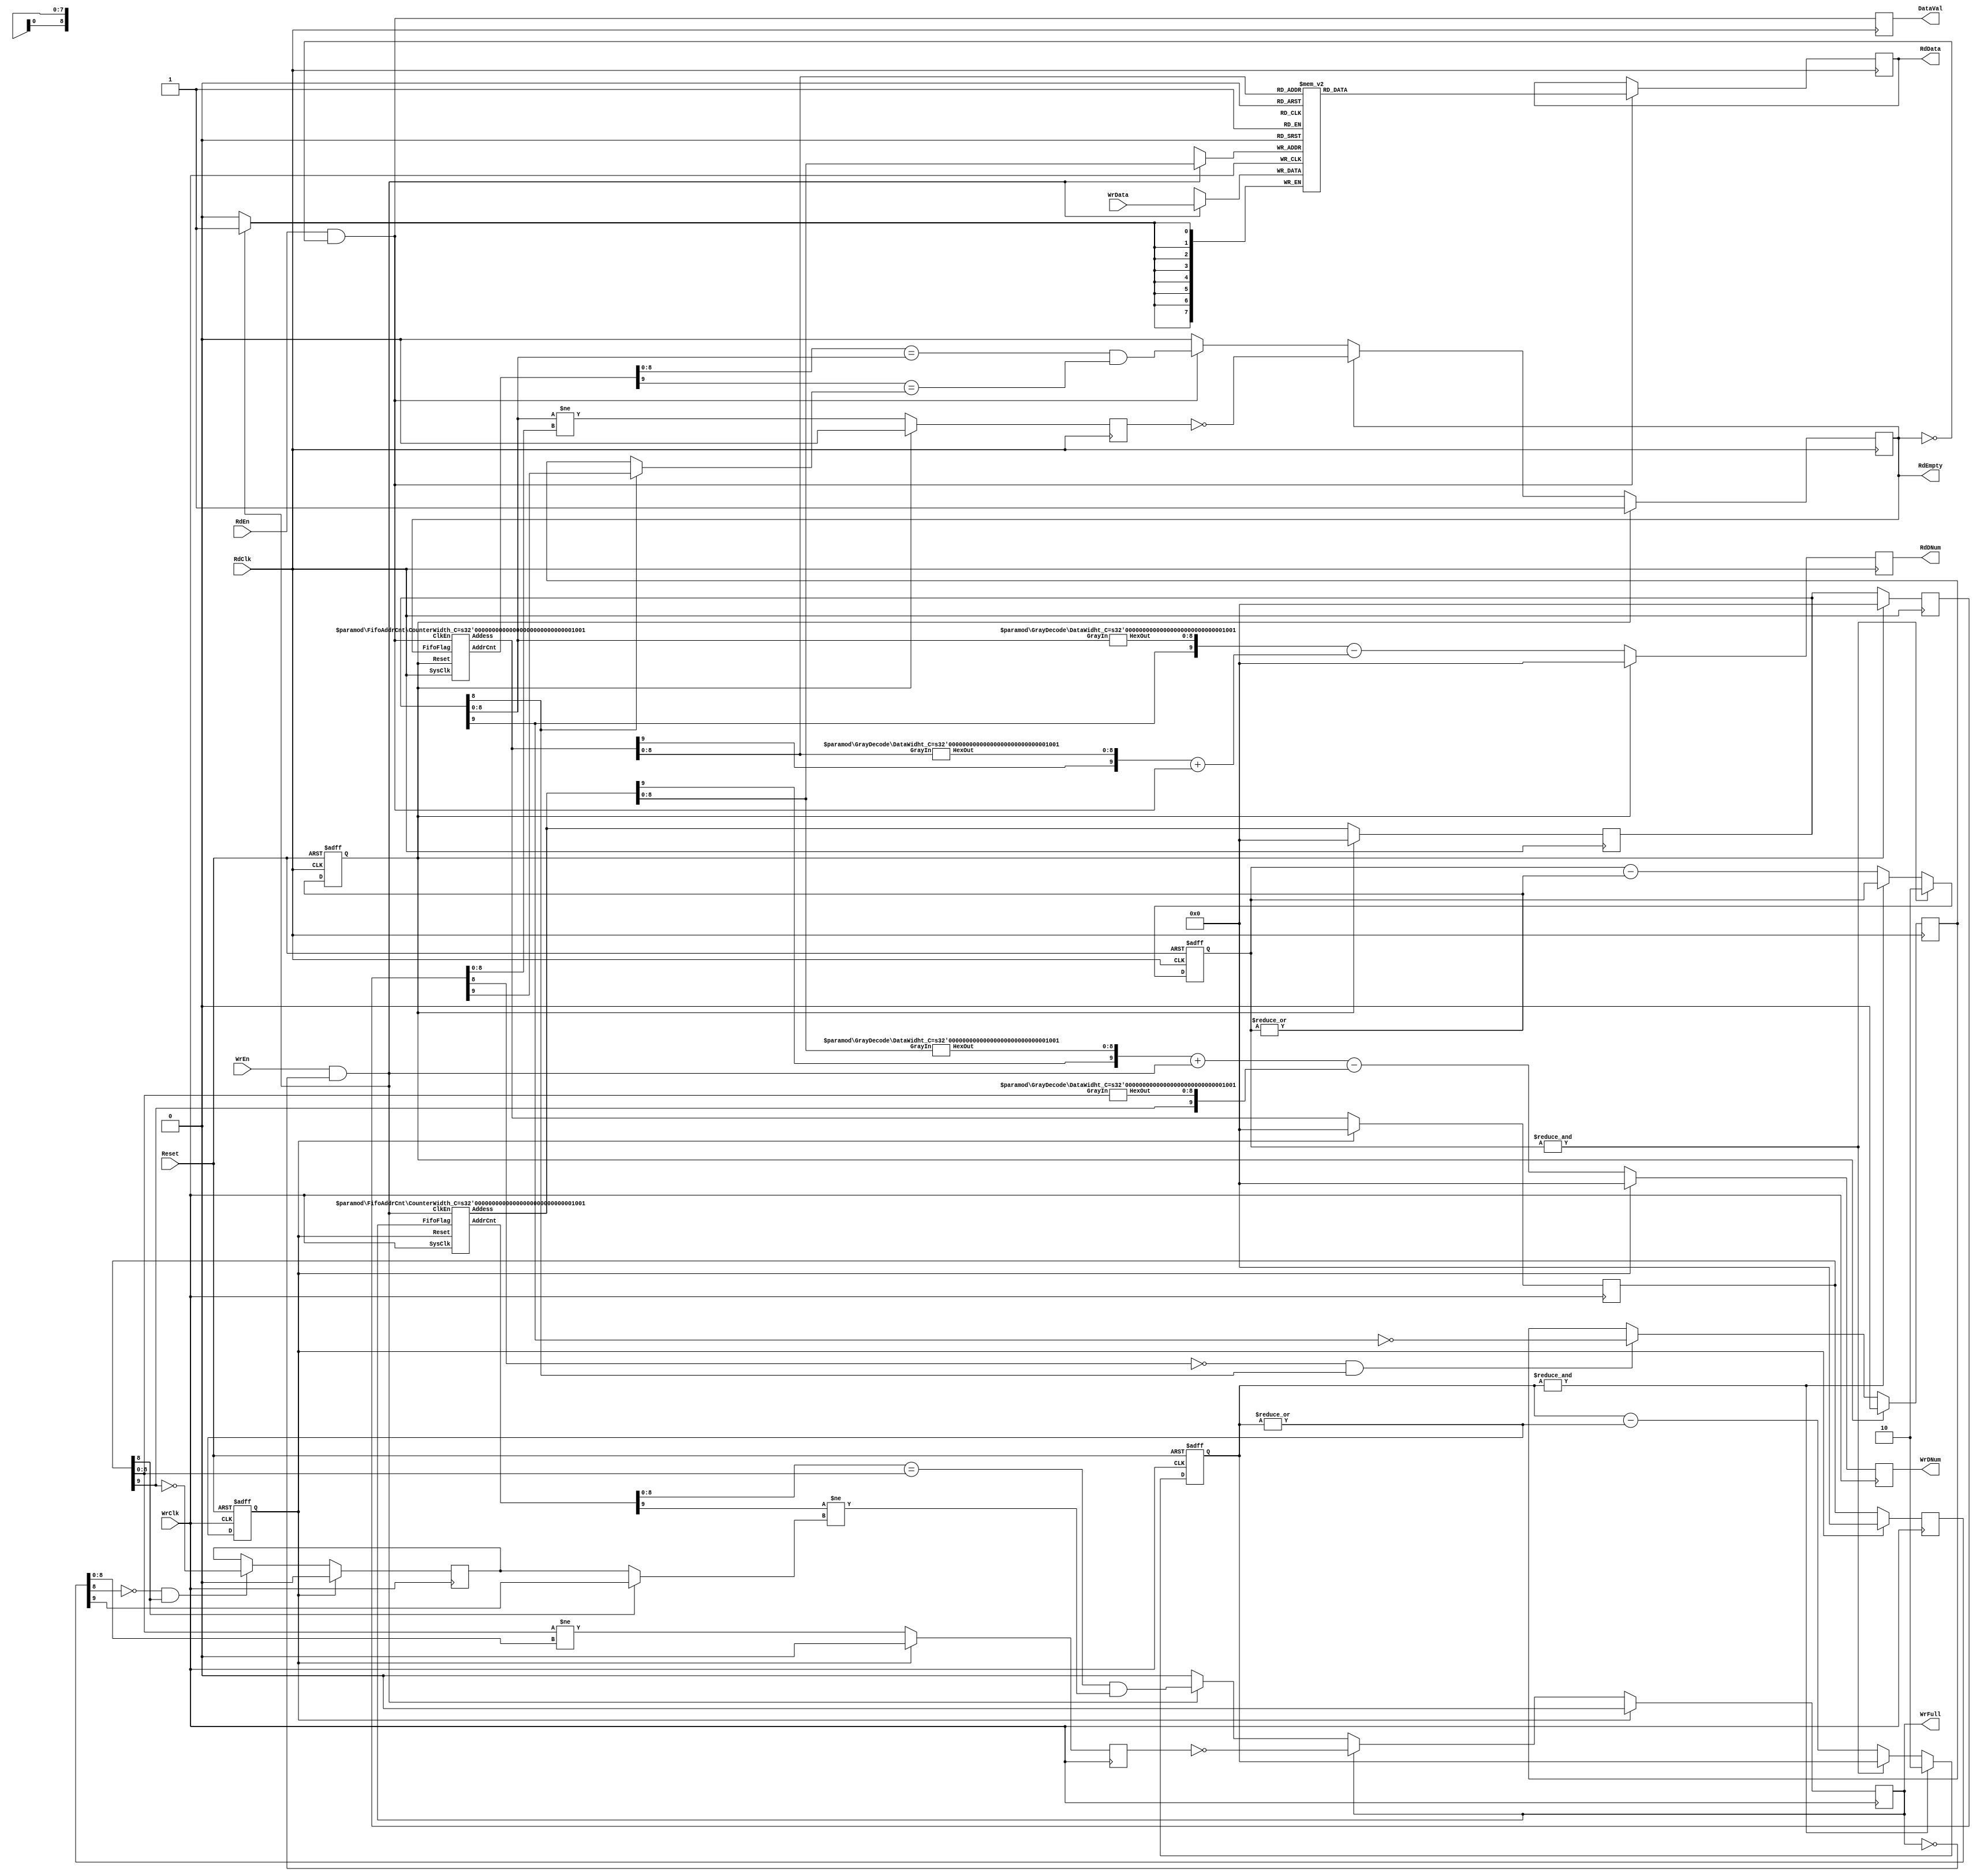

`timescale 1ns/100ps

  //////////////////////////////////////////////////////////////////////////////////////
  // Change Date:    2020/04/30
  // Module Name:     
  // Tool versions:  EFINITY 2019.3.272.8.4
  // Description:    V3.0

  // Dependencies: EFINITY DaulClkFifo3.2 by Richard Zhu 
  //
  // Revision: 0.01 File Created 2019/08/11
  // Additional Comments: 
  //
  //2022-0105: V3.2
  //1;
  //2
  //3RdEn  WrEn 

  //2022-0108: V3.3
  //1ReadFirst EmptyFlag  EmptyReg  RdEmpty  
  //2DataVal 

  //2022-0120: V3.4
  //1 WrDNum  RdDNum  Bug)
  //2 WrDNum  RdDNum 

  //2022-0123: V3.5
  //1 WrDNum  RdDNum  Bug)
  
  //2022-0124: V3.6
  //1 WrDNum  RdDNumFmax 
  //2 WrDNum  RdDNum 
  //3
  //4  WrDNum  RdDNum 

  //////////////////////////////////////////////////////////////////////////////////////

 /*

  ///////////////////////////
  //System Signal
  //
  //
  wire                Reset   ; //System Reset
  //Write Signal    
  //                         
  wire                WrClk   ; //(I)Wirte Clock
  //
  wire                WrEn    ; //(I)Write Enable
  //
  wire  [DW_C -1:0]   WrData  ; //(I)Write Data
  //WrClkFIFO
  //
  //WrDNum WrClk 
  // Almostfull  AlmostEmpty WrEmpty 
  wire  [AW_C-1:0]    WrDNum  ; //(O)Write Data Number In Fifo
  // WrEn 
  wire                WrFull  ; //(O)Write Full 
  //Read Signal    
  //                        
  wire                RdClk   ; //(I)Read Clock
  //                        
  wire                RdEn    ; //(I)Read Enable
  //                        
  wire  [DW_C-1 :0]   RdData  ; //(O)Read Data
  // RdClk FIFO
  //
  //RdDNum RdClk 
  // Almostfull  AlmostEmpty Rdfull 
  wire  [AW_C-1:0]    RdDNum  ; //(O)Radd Data Number In Fifo
  //
  wire                DataVal ; //(O)Data Valid 
  // RdEn                         
  wire                RdEmpty ; //(O)Read FifoEmpty

  ///////////////////////////
  //FIFO " Normal " & " ShowHead "
  //Normal    : RdEn 
  //ShowAhead RdEn 
  //
  defparam     UX_XXXXXXXXXXXXX.FIFO_MODE     = "Normal"  , //"Normal"; //"ShowAhead"
  //
  defparam     UX_XXXXXXXXXXXXX.DATA_WIDTH    = 8         ,
  //FIFO
  //FIFO2n
  defparam     UX_XXXXXXXXXXXXX.FIFO_DEPTH    = 512        

  ///////////////////////////
  DC_FIFO   UX_XXXXXXXXXXXXX
  (   
    //System Signal
    .Reset    ( Reset   ) , //System Reset
    //Write Signal                             
    .WrClk    ( WrClk   ) , //(I)Wirte Clock
    .WrEn     ( WrEn    ) , //(I)Write Enable
    .WrDNum   ( WrDNum  ) , //(O)Write Data Number In Fifo
    .WrFull   ( WrFull  ) , //(O)Write Full 
    .WrData   ( WrData  ) , //(I)Write Data
    //Read Signal                            
    .RdClk    ( RdClk   ) , //(I)Read Clock
    .RdEn     ( RdEn    ) , //(I)Read Enable
    .RdDNum   ( RdDNum  ) , //(O)Radd Data Number In Fifo
    .RdEmpty  ( RdEmpty ) , //(O)Read FifoEmpty
    .DataVal  ( DataVal ) , //(O)Data Valid 
    .RdData   ( RdData  )   //(O)Read Data
  );
  ///////////////////////////

*/
module DC_FIFO
# (
  	parameter     FIFO_MODE     = "Normal"            , //"Normal"; //"ShowAhead"
    parameter     DATA_WIDTH    = 8                   ,
    parameter     FIFO_DEPTH    = 512                 ,

    parameter     AW_C          = $clog2(FIFO_DEPTH)  ,   
    parameter     DW_C          = DATA_WIDTH          ,
    parameter     DD_C          = 2**AW_C         
  )
(   
  //System Signal
  input                 Reset   , //System Reset
  //Write Signal                             
  input                 WrClk   , //(I)Wirte Clock
  input                 WrEn    , //(I)Write Enable
  output  [AW_C  :0]    WrDNum  , //(O)Write Data Number In Fifo
  output                WrFull  , //(O)Write Full 
  input   [DW_C -1:0]   WrData  , //(I)Write Data
  //Read Signal                            
  input                 RdClk   , //(I)Read Clock
  input                 RdEn    , //(I)Read Enable
  output  [AW_C  :0]    RdDNum  , //(O)Radd Data Number In Fifo
  output                RdEmpty , //(O)Read FifoEmpty
  output                DataVal , //(O)Data Valid 
  output  [DW_C-1 :0]   RdData    //(O)Read Data
);

//Define  Parameter
  /////////////////////////////////////////////////////////
  localparam    TCo_C       = 1  ;    

  /////////////////////////////////////////////////////////

//111111111111111111111111111111111111111111111111111111111
//
//	
//********************************************************/ 
  /////////////////////////////////////////////////////////
  reg   [1:0]         WrClkRstGen   = 2'h3;
  reg   [1:0]         RdClkRstGen   = 2'h3;
  
  always @( posedge   WrClk or posedge Reset)
  begin
    if (Reset)                WrClkRstGen  <= # TCo_C 2'h3 ;
    else if (&WrClkRstGen)    WrClkRstGen  <= # TCo_C 2'h2 ;
    else if (~&RdClkRstGen)   WrClkRstGen  <= # TCo_C WrClkRstGen - {1'h0,(|WrClkRstGen)} ;
  end  
  always @( posedge   RdClk or posedge Reset)
  begin
    if (Reset)              RdClkRstGen  <= # TCo_C 2'h3  ;
    else if (&RdClkRstGen)  RdClkRstGen  <= # TCo_C 2'h2  ;
    else if (~&WrClkRstGen) RdClkRstGen  <= # TCo_C RdClkRstGen - {1'h0,(|RdClkRstGen)} ;
  end  

  /////////////////////////////////////////////////////////
  reg     WrClkRst =  1'h1 ;
  reg     RdClkRst =  1'h1 ;
  
  always @( posedge   WrClk or posedge Reset)
  begin
    if (Reset)        WrClkRst  <= # TCo_C 1'h1 ;
    else              WrClkRst  <= # TCo_C |WrClkRstGen ;
  end 
  always @( posedge   RdClk or posedge Reset)
  begin
    if (Reset)        RdClkRst  <= # TCo_C 1'h1 ;
    else              RdClkRst  <= # TCo_C |RdClkRstGen ;
  end       
    
  ///////////////////////////////////////////////////////// 
//111111111111111111111111111111111111111111111111111111111

//222222222222222222222222222222222222222222222222222222222
// FifoBuff	
//
//********************************************************/ 
  ///////////////////////////////////////////////////////// 
  wire                FifoWrEn    = WrEn & (~WrFull) ;
  wire  [AW_C :0]     WrNextAddr  ;   
  wire  [AW_C :0]     FifoWrAddr  ;   
  wire                FifoWrFull  ;   

  FifoAddrCnt     # ( .CounterWidth_C (AW_C))
  U1_WrAddrCnt
  (   
    //System Signal
    .Reset          ( WrClkRst    ) , //System Reset
    .SysClk         ( WrClk       ) , //System Clock
    //Counter Signal            
    .ClkEn          ( FifoWrEn    ) , //(I)Clock Enable 
    .FifoFlag       ( FifoWrFull  ) , //(I)Fifo Flag
    .AddrCnt        ( WrNextAddr  ) , //(O)Next Address
    .Addess         ( FifoWrAddr  )   //(O)Address Output
  );

  ///////////////////////////////////////////////////////// 
  reg [DW_C-1:0]      FifoBuff [DD_C-1:0];

  always @( posedge   WrClk)  
  begin
    if (WrEn & (~WrFull))   
    begin
      FifoBuff[FifoWrAddr[AW_C-1:0]]  <= # TCo_C WrData;
    end
  end
 
  ///////////////////////////////////////////////////////// 

//222222222222222222222222222222222222222222222222222222222

//333333333333333333333333333333333333333333333333333333333
//  FifoBuff 
// 
//********************************************************/ 
  ///////////////////////////////////////////////////////// 
  wire                FifoEmpty   ;  
  wire                FifoRdEn    ;
                                  
  wire  [AW_C :0]     RdNextAddr  ;
  wire  [AW_C :0]     FifoRdAddr  ;

  FifoAddrCnt     # ( .CounterWidth_C (AW_C))
  U2_RdAddrCnt
  (   
    //System Signal
    .Reset          ( RdClkRst    ) , //System Reset
    .SysClk         ( RdClk       ) , //System Clock
    //Counter Signal              
    .ClkEn          ( FifoRdEn    ) , //(I)Clock Enable 
    .FifoFlag       ( FifoEmpty   ) , //(I)Fifo Flag
    .AddrCnt        ( RdNextAddr  ) , //(O)Next Address
    .Addess         ( FifoRdAddr  )   //(O)Address Output
  );

  /////////////////////////////////////////////////////////   
  reg   [DW_C-1 :0]   FifoRdData  ;  

  always @( posedge   RdClk) 
  begin
    if (FifoRdEn)     FifoRdData  <= # TCo_C FifoBuff[FifoRdAddr[AW_C-1:0]];
  end

  /////////////////////////////////////////////////////////  
  assign RdData   =   FifoRdData  ; //(O)Read Data
  
  /////////////////////////////////////////////////////////  
//333333333333333333333333333333333333333333333333333333333

//444444444444444444444444444444444444444444444444444444444
//
//********************************************************/ 
  /////////////////////////////////////////////////////////   
  // WrClk 
  reg   [AW_C:0]      RdAddrOut   = {AW_C+1{1'h0}}; 
  reg   [AW_C:0]      WrRdAddr    = {AW_C+1{1'h0}}; 

  always @( posedge   WrClk)   
  begin
    if (WrClkRst)     WrRdAddr <= # TCo_C {AW_C+1{1'h0}}     ;
    else              WrRdAddr <= # TCo_C RdAddrOut [AW_C:0] ;
  end

  ///////////////////////////////////////////////////////// 
  //16  
  wire  [AW_C-1:0]    WrRdAHex  ;
  wire  [AW_C-1:0]    WrWrAHex  ;

  GrayDecode #(AW_C)  WRAGray2Hex (WrRdAddr   [AW_C-1:0] , WrRdAHex[AW_C-1:0])  ;
  GrayDecode #(AW_C)  WWAGray2Hex (FifoWrAddr [AW_C-1:0] , WrWrAHex[AW_C-1:0])  ;

  /////////////////////////////////////////////////////////   
  //
  reg   [AW_C:0]    WrAddrDiff  = {AW_C+1{1'h0}}  ;

  wire  [AW_C:0]    Calc_WrAddrDiff =  ( {FifoWrAddr[AW_C]  , WrWrAHex  } 
                                    +  { {AW_C{1'h0}}       , FifoWrEn  } ) ; 
  always @( posedge   WrClk)  
  begin
    if (WrClkRst)       WrAddrDiff  <= # TCo_C  {AW_C+1{1'h0}}      ;
    else                WrAddrDiff  <= # TCo_C  Calc_WrAddrDiff    
                                    - {WrRdAddr  [AW_C] , WrRdAHex} ;
  end

  /////////////////////////////////////////////////////////   
  assign  WrDNum  =   WrAddrDiff;  //(O)Data Number In Fifo

  /////////////////////////////////////////////////////////     
//444444444444444444444444444444444444444444444444444444444

//555555555555555555555555555555555555555555555555555555555
//  WrFull 
//********************************************************/ 
  ///////////////////////////////////////////////////////// 
  // WrFull   WrFullClr 
  // FifoRdAddr  WrFullClr 
  reg   [AW_C:0]      WrRdAddrReg = {AW_C+1{1'h0}}; 
  reg                 WrFullClr   = 1'h0;   
                                  
  always @( posedge   WrClk)      
  begin                           
    if (  WrClkRst)   WrRdAddrReg <= # TCo_C {AW_C+1{1'h0}}     ;    
    else              WrRdAddrReg <= # TCo_C WrRdAddr[AW_C : 0] ;   
  end                             
  always @( posedge   WrClk)      
  begin                           
    if (  WrClkRst)   WrFullClr   <= # TCo_C 1'h0         ;   
    else              WrFullClr   <= # TCo_C (WrRdAddr[AW_C-1:0] != WrRdAddrReg[AW_C-1:0]);
  end
  
  /////////////////////////////////////////////////////////   
  // 
  reg   RdAHighNext   = 1'h0;
                      
  wire  RdAHighRise   = (~WrRdAddrReg[AW_C-1]) &  WrRdAddr[AW_C-1];  
                      
  always @( posedge   WrClk)  
  begin
    if (WrClkRst  )         RdAHighNext <= # TCo_C 1'h0 ;
    else if (RdAHighRise)   RdAHighNext <= # TCo_C (~WrRdAddr[AW_C])  ;
  end
   
  wire  FullCalc = (WrNextAddr[AW_C-1:0] ==  WrRdAddr[AW_C-1:0]) 
                && (WrNextAddr[AW_C    ] != (WrRdAddr[AW_C-1] ? WrRdAddrReg[AW_C] : RdAHighNext) );
                
/////////////////////////////////////////////////// 
  reg   FullFlag        = 1'h0;
                        
  always @( posedge     WrClk)
  begin
    if (WrClkRst)       FullFlag  <= # TCo_C 1'h0;
    else if (FullFlag)  FullFlag  <= # TCo_C (~WrFullClr);
    else if (FifoWrEn)  FullFlag  <= # TCo_C FullCalc;
  end
    
  assign FifoWrFull     = FullFlag;
   
/////////////////////////////////////////////////// 
  assign  WrFull        = FifoWrFull  ; //(I)Write Full 
  
/////////////////////////////////////////////////// 
  

//555555555555555555555555555555555555555555555555555555555

//666666666666666666666666666666666666666666666666666666666
//	
//********************************************************/ 
  ///////////////////////////////////////////////////////// 
  //  FifoWrAddr 
  reg   [AW_C :0]     RdWrAddr  = {AW_C+1{1'h0}}; 
  
  always @( posedge   RdClk)    
  begin
    if (RdClkRst )    RdWrAddr  <= # TCo_C {AW_C+1{1'h0}}       ;   
    else              RdWrAddr  <= # TCo_C FifoWrAddr [AW_C:0]  ;   
  end  
  
  ///////////////////////////////////////////////////////// 
  // FIFO_MODE WrDNum  RdDNum  RdAddr
  wire  ReadEn  = (RdEn & (~RdEmpty)) ;

  generate
    if (FIFO_MODE == "ShowAhead")
    begin
      always @( posedge   RdClk)   
      begin
        if (RdClkRst )    RdAddrOut <= # TCo_C {AW_C+1{1'h0}}       ;   
        else if (ReadEn)  RdAddrOut <= # TCo_C FifoRdAddr [AW_C:0]  ;   
      end  
    end
    else  
    begin
      always @( * )   RdAddrOut = # TCo_C FifoRdAddr [AW_C:0]  ; 
    end
  endgenerate

  /////////////////////////////////////////////////////////   
  wire  [AW_C-1:0]    RdWrAHex;
  wire  [AW_C-1:0]    RdRdAHex;

  GrayDecode # (AW_C) RWAGray2Hex (RdWrAddr   [AW_C-1:0] , RdWrAHex[AW_C-1:0] );
  GrayDecode # (AW_C) RRAGray2Hex (RdAddrOut  [AW_C-1:0] , RdRdAHex[AW_C-1:0] );

  ///////////////////////////////////////////////////////// 
  //  
  reg   [AW_C:0]      RdAddrDiff  = {AW_C+1{1'h0}} ;

  wire  [AW_C:0]      Calc_RdAddrDiff = ( {RdAddrOut[AW_C] , RdRdAHex } 
                                      + { {AW_C{1'h0}}     , ReadEn   } ) ;
  always @( posedge   RdClk)  
  begin
    if (RdClkRst)     RdAddrDiff <= # TCo_C {AW_C+1{1'h0}}    ;
    else              RdAddrDiff <= # TCo_C {RdWrAddr[AW_C]   , RdWrAHex } 
                                          - Calc_RdAddrDiff   ;
  end

  /////////////////////////////////////////////////////////   
  assign  RdDNum    = RdAddrDiff;   //(O)Data Number In Fifo

  /////////////////////////////////////////////////////////   
  

//666666666666666666666666666666666666666666666666666666666

//777777777777777777777777777777777777777777777777777777777
// RdEmpty 
//********************************************************/
  ///////////////////////////////////////////////////////// 
  // RdEmpty   
  reg   [AW_C:0]      RdWrAddrReg = {AW_C+1{1'h0}}; 
  reg                 EmptyClr    = 1'h0;
                      
  always @( posedge   RdClk)    
  begin               
    if (RdClkRst)     RdWrAddrReg <= # TCo_C {AW_C+1{1'h0}}     ;
    else              RdWrAddrReg <= # TCo_C RdWrAddr [AW_C:0]  ;
  end                 
  always @( posedge   RdClk)       
  begin               
    if (RdClkRst)     EmptyClr    <= # TCo_C 1'h0;
    else              EmptyClr    <= # TCo_C (RdWrAddr[AW_C-1:0] != RdWrAddrReg[AW_C-1:0])  ;
  end
  
  reg   EmptyClrReg   = 1'h0;

  always @( posedge     RdClk )   EmptyClrReg   <= EmptyClr ;

  ///////////////////////////////////////////////////////// 
  // EmptyCalc  
  reg   WrAHighNext   = 1'h0;  
  
  wire  WrAHighRise   = (~RdWrAddrReg[AW_C-1]) &  RdWrAddr[AW_C-1];  
  
  always @( posedge   RdClk)  
  begin
    if (RdClkRst)           WrAHighNext   <= # TCo_C  1'h0 ;
    else if (WrAHighRise)   WrAHighNext   <= # TCo_C (~RdWrAddr[AW_C]);
  end              

  wire  EmptyCalc   = (RdNextAddr[AW_C-1:0] == RdWrAddr[AW_C-1:0]) 
                   && (RdNextAddr[AW_C    ] == (RdWrAddr[AW_C-1] ? RdWrAddrReg[AW_C] : WrAHighNext));
                                       
  ///////////////////////////////////////////////////////// 
  reg     EmptyFlag     = 1'h1;

  always @( posedge     RdClk)
  begin
    if (RdClkRst)       EmptyFlag   <= # TCo_C  1'h1  ;
    else if (EmptyFlag) EmptyFlag   <= # TCo_C ~EmptyClr;
    else if (FifoRdEn)  EmptyFlag   <= # TCo_C  EmptyCalc;
  end

  assign FifoEmpty    = EmptyFlag;
    
  ///////////////////////////////////////////////////////// 
  reg   EmptyReg      = 1'h0;

  always @( posedge     RdClk )
  begin
    if (RdClkRst)       EmptyReg  <= # TCo_C 1'h1;
    else if (FifoRdEn)      EmptyReg  <= # TCo_C FifoEmpty;
  end

  ///////////////////////////////////////////////////////// 
  assign RdEmpty = (FIFO_MODE == "ShowAhead") ? EmptyReg : FifoEmpty; //(O)Read FifoEmpty
    
  ///////////////////////////////////////////////////////// 
//777777777777777777777777777777777777777777777777777777777

//888888888888888888888888888888888888888888888888888888888
//
//********************************************************/
  ///////////////////////////////////////////////////////// 
  reg   RdFirst     = 1'h0;
    
  always @( posedge   RdClk)
  begin
    if (FIFO_MODE == "ShowAhead")
    begin
      if (RdClkRst)       RdFirst <= # TCo_C 1'h0     ;  
    	else if (RdFirst)	  RdFirst <= # TCo_C 1'h0     ;
    	else if (EmptyClr)	RdFirst <= # TCo_C RdEmpty  ;
    	else if (EmptyReg ^ EmptyFlag)	RdFirst <= # TCo_C RdEmpty  ;
    end
    else                  RdFirst <= # TCo_C 1'h0     ;
  end
    
  ///////////////////////////////////////////////////////// 
  reg   ReadEn_Reg  = 1'h0 ;
  
  always @( posedge   RdClk)    ReadEn_Reg  <= ReadEn ;

  wire  Data_Valid  = (FIFO_MODE == "ShowAhead") ? ReadEn : ReadEn_Reg ;

  ///////////////////////////////////////////////////////// 
  assign  FifoRdEn  =   ReadEn ||  RdFirst ;
  assign  DataVal   =   Data_Valid  ; //(O)Data Valid 

  /////////////////////////////////////////////////////////
//888888888888888888888888888888888888888888888888888888888

endmodule

//////////////// DaulClkFifo //////////////////////////////




  
  
///////////////// FifoAddrCnt /////////////////////////////
/**********************************************************
// Module Name:     
// Tool versions:  EFINITY 2019.3.272.8.4
// Description:    V2.4

// Dependencies: EFINITY DaulClkFifo2.4 by Richard Zhu :
//
// Revision: 0.01 File Created 2019/11/08
// Additional Comments: 
//
**********************************************************/

module FifoAddrCnt
# (
    parameter CounterWidth_C  = 9   ,
    parameter CW_C            = CounterWidth_C
  )
(   
  //System Signal
  input             Reset     , //System Reset
  input             SysClk    , //System Clock
  //Counter Signal            
  input             ClkEn     , //(I)Clock Enable 
  input             FifoFlag  , //(I)Fifo Flag
  output  [CW_C:0]  AddrCnt   , //(O)Address Counter
  output  [CW_C:0]  Addess      //(O)Address Output
);

//Define  Parameter
  /////////////////////////////////////////////////////////
localparam    TCo_C       = 1;    

//111111111111111111111111111111111111111111111111111111111
//	
//	Input:
//	output:
//********************************************************/ 

  /////////////////////////////////////////////////////////
  wire [CW_C-1:0]   GrayAddrCnt;
  wire              CarryOut;

  GrayCnt #(.CounterWidth_C (CW_C))
  U1_AddrCnt
  (   
    //System Signal
    .Reset    ( Reset       ),  //System Reset
    .SysClk   ( SysClk      ),  //System Clock
    //Counter Signal            
    .SyncClr  ( 1'h0        ),  //(I)Sync Clear
    .ClkEn    ( ClkEn       ),  //(I)Clock Enable 
    .CarryIn  ( ~FifoFlag   ),  //(I)Carry input
    .CarryOut ( CarryOut    ),  //(O)Carry output
    .Count    ( GrayAddrCnt )   //(O)Counter Value Output
  );
        
  /////////////////////////////////////////////////////////
  reg   CntHighBit;

  always @( posedge SysClk )
  begin
    if (Reset)      CntHighBit <= # TCo_C 1'h0;
    else if (ClkEn) CntHighBit <= # TCo_C CntHighBit + CarryOut;
  end

  /////////////////////////////////////////////////////////
  reg  [CW_C:0]  AddrOut;    //(O)Address Output

  always @(posedge SysClk)
  begin
    if (Reset)        AddrOut <= # TCo_C {CW_C{1'h0}};
    else if (ClkEn)   AddrOut <= # TCo_C FifoFlag ? AddrOut : AddrCnt;
  end    

  /////////////////////////////////////////////////////////
  assign  AddrCnt  = {CntHighBit , GrayAddrCnt} ; //(O)Next Address           
  assign  Addess   =  AddrOut                   ; //(O)Address Output    

//111111111111111111111111111111111111111111111111111111111

endmodule

/////////////////// FifoAddrCnt //////////////////////////






////////////////////// GrayCnt ////////////////////////////
/**********************************************************
// Module Name:     
// Tool versions:  EFINITY 2019.3.272.8.4
// Description:    V2.4

// Dependencies: EFINITY DaulClkFifo2.4 by Richard Zhu :
//
// Revision: 0.01 File Created 2019/08/11
// Additional Comments: 
//
**********************************************************/
  /////////////////////////////////////////////////////////

module GrayCnt
# (
    parameter   CounterWidth_C    = 9   ,
    parameter   CW_C              = CounterWidth_C
  )
( 
  //System Signal
  input                 Reset     , //System Reset
  input                 SysClk    , //System Clock
  //Counter Signal
  input                 SyncClr   , //(I)Sync Clear
  input                 ClkEn     , //(I)Clock Enable 
  input                 CarryIn   , //(I)Carry input
  output                CarryOut  , //(O)Carry output
  output  [CW_C-1:0]    Count       //(O)Counter Value Output
);

//Define  Parameter
  /////////////////////////////////////////////////////////
localparam    TCo_C       = 1;    

//111111111111111111111111111111111111111111111111111111111
//	
//	Input:
//	output:
//********************************************************/ 

  /////////////////////////////////////////////////////////
  wire  [CW_C:0  ]  CryIn  ;
  wire  [CW_C-1:0]  CryOut ;

  reg   [CW_C-1:0]  GrayCnt;

  assign CryIn[0] = CarryIn;

  genvar i;
  generate
    for(i=0;i<CW_C;i=i+1)
    begin : GrayCnt_CrayCntUnit
      //////////////   
      always @( posedge SysClk )
      begin
        if (Reset)        GrayCnt[i]  <= # TCo_C (i>1) ? 1'h0: 1'h1  ;
        else if (SyncClr) GrayCnt[i]  <= # TCo_C (i>1) ? 1'h0: 1'h1  ;
        else if (ClkEn)   GrayCnt[i]  <= # TCo_C GrayCnt[i] + CryIn[i];
      end
      
      //////////////   
      if (i==0)    
      begin
        assign CryOut[0]  =  GrayCnt[0] && CarryIn;
        assign CryIn [1]  = ~GrayCnt[0] && CarryIn;
      end
      else    
      begin
        assign CryOut[i  ]  =  CryOut[  0] && (~|GrayCnt[i:1]);
        assign CryIn [i+1]  =  CryOut[i-1] &&    GrayCnt[i  ] ;  
      end
    end
    
  endgenerate

  wire GrayCarry = CryOut[CW_C-2];
  
  /////////////////////////////////////////////////////////
  reg  CntHigh = 1'h0;

  always @( posedge SysClk)
  begin
    if (Reset)      CntHigh   <= # TCo_C 1'h0;
    else if (ClkEn) CntHigh   <= # TCo_C (CntHigh + GrayCarry);
  end

  /////////////////////////////////////////////////////////
  assign Count    = {CntHigh  , GrayCnt[CW_C-1:1]}  ; //(O)Counter Value Output
  assign CarryOut =  CntHigh  & GrayCarry           ; //(O)Carry output
  
  /////////////////////////////////////////////////////////

//111111111111111111111111111111111111111111111111111111111

endmodule

////////////////////// GrayCnt ////////////////////////////






  /////////////////////////////////////////////////////////
/**********************************************************
// Module Name:     
// Tool versions:  EFINITY 2019.3.272.8.4
// Description:    V2.4

// Dependencies: EFINITY DaulClkFifo2.4 by Richard Zhu :
//
// Revision: 0.01 File Created 2020/01/19
// Additional Comments: 
//
**********************************************************/

module GrayDecode
# (
    parameter DataWidht_C = 8
  )
(   
  input   [DataWidht_C-1:0]  GrayIn,
  output  [DataWidht_C-1:0]  HexOut
);

 	//Define  Parameter
  /////////////////////////////////////////////////////////
	parameter		TCo_C   		= 1;    
		
	localparam DW_C = DataWidht_C;
	
  /////////////////////////////////////////////////////////
  reg [DW_C-1:0] Hex; 

  integer i;

  always @ (GrayIn)
  begin        
    Hex[DW_C-1]=GrayIn[DW_C-1];        
    for(i=DW_C-2;i>=0;i=i-1)   Hex[i]=Hex[i+1]^GrayIn[i];
  end
  	
  assign HexOut = Hex;

  /////////////////////////////////////////////////////////

endmodule